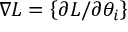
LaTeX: \nabla L = \left\{ \partial L / \partial \theta _ { i } \right\}